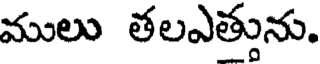
ములు తలఎత్తును.